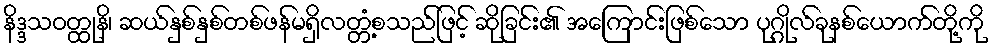
နိဒ္ဒသဝတ္ထုနိ၊ ဆယ်နှစ်နှစ်တစ်ဖန်မရှိလတ္တံ့စသည်ဖြင့် ဆိုခြင်း၏ အကြောင်းဖြစ်သော ပုဂ္ဂိုလ်ခုနစ်ယောက်တို့ကို